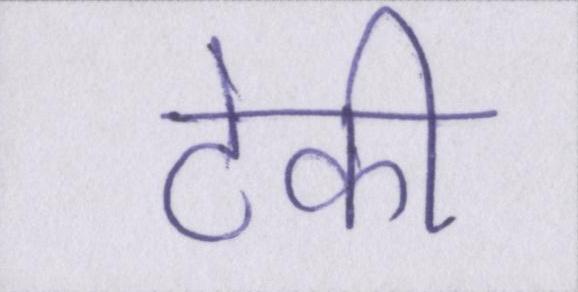
टेकी